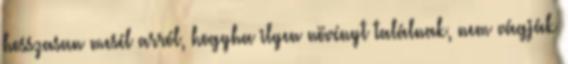
hosszasan mesél arról, hogyha ilyen növényt találnak, nem vágják